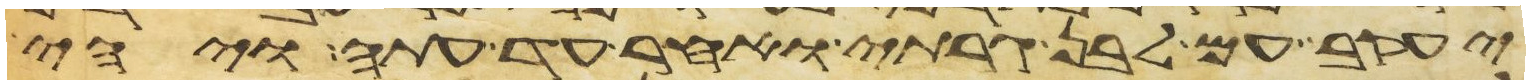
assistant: יעקב עם לבן גרתי ואחר עד עתה ויהי